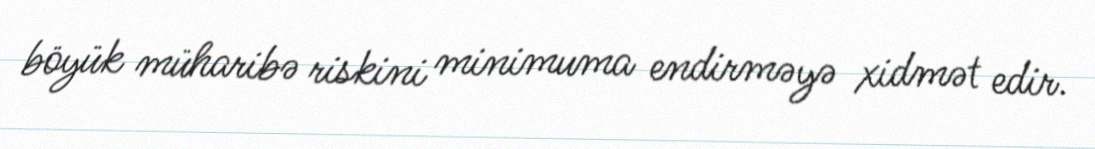
böyük müharibə riskini minimuma endirməyə xidmət edir.